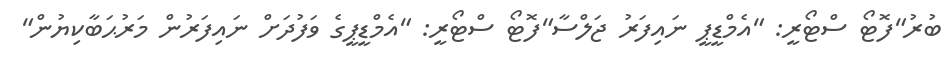
ބުރު"ފޮޓޯ ސްޓޯރީ: "އެމްޑީޕީ ނައިފަރު ޖަލްސާ"ފޮޓޯ ސްޓޯރީ: "އެމްޑީޕީގެ ވަފުދަށް ނައިފަރުން މަރުޙަބާކިޔުން"